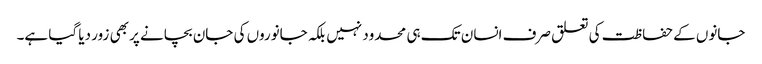
جانوں کے حفاظت کی تعلق صرف انسان تک ہی محدود نہیں بلکہ جانوروں کی جان بچانے پر بھی زور دیا گیا ہے۔